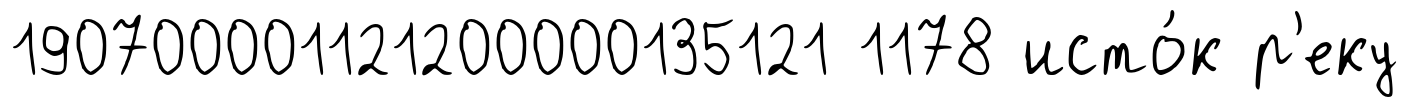
190700001121200000135121 1178 исто́к р'еку